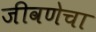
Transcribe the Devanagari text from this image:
जीवणेचा